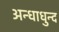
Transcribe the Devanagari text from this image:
अन्धाधुन्द